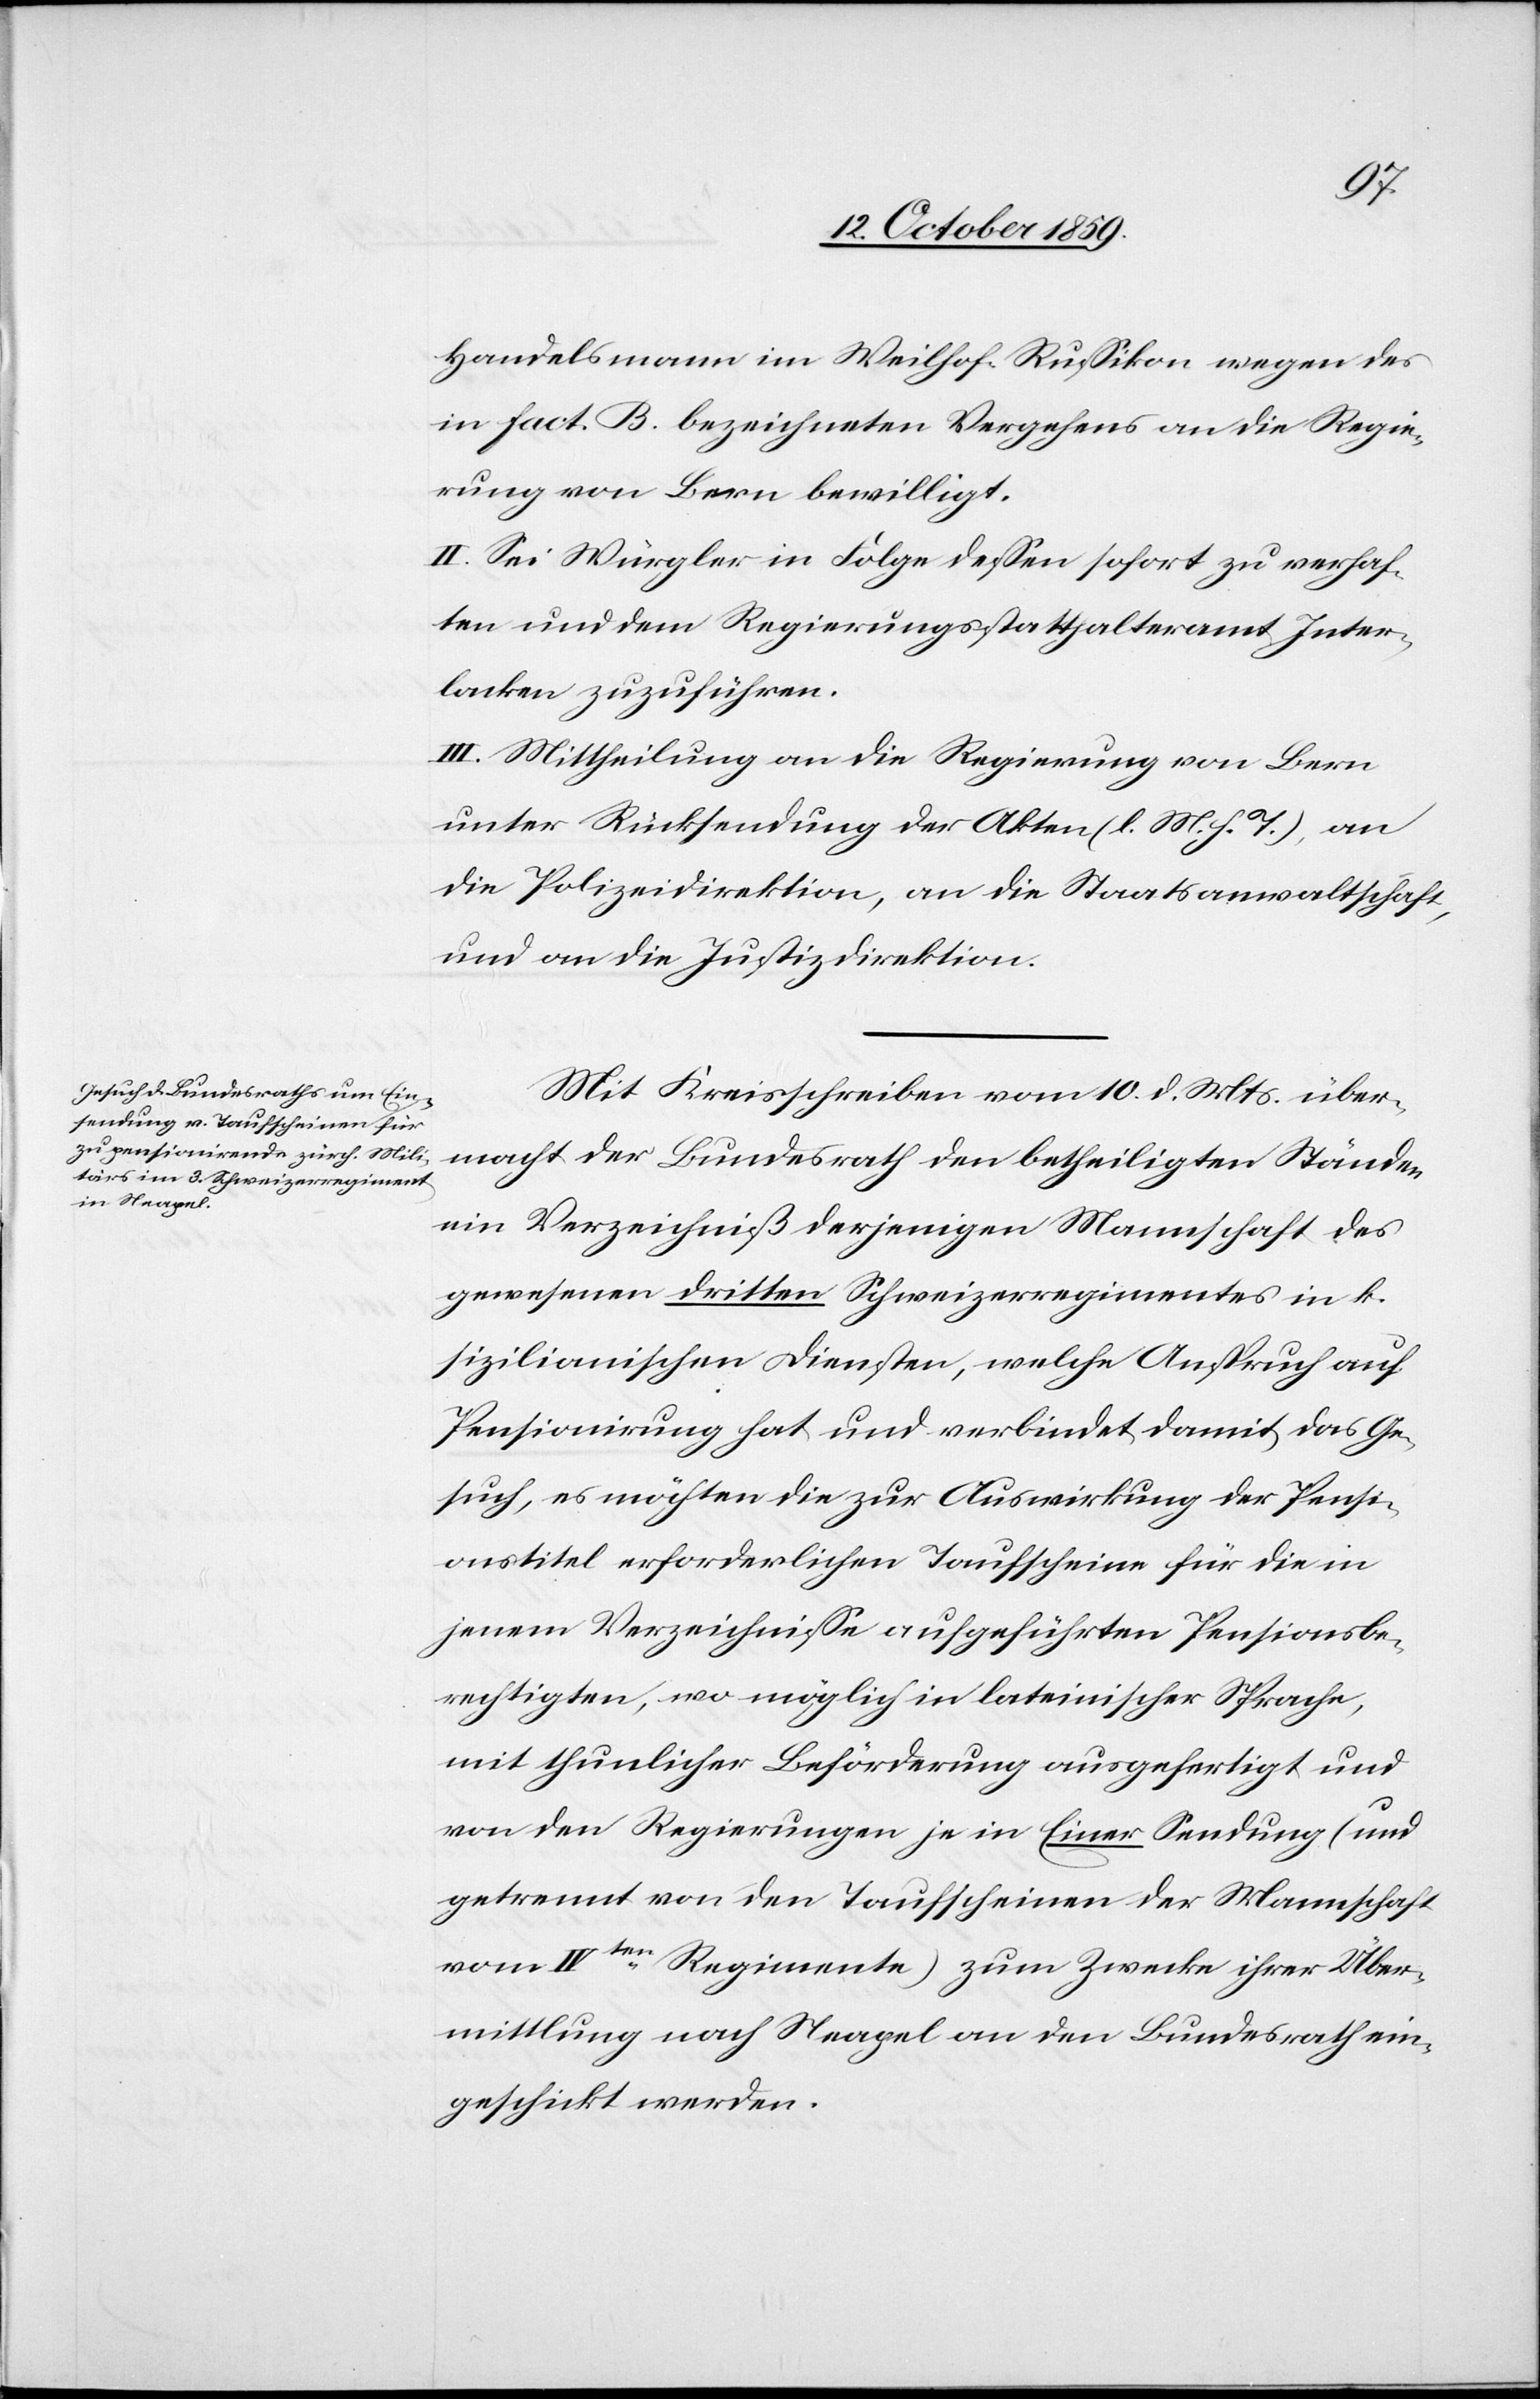
13. October 1859.]
Handelsmann im Weilhof Russikon wegen des
in fact. B. bezeichneten Vergehens an die Regie¬
rung von Bern bewilligt.
II. Sei Würgler in Folge dessen sofort zu verhaf¬
ten und dem Regierungsstatthalteramt Inter¬
laken zuzuführen.
III. Mittheilung an die Regierung von Bern
unter Rücksendung der Akten (l. M. h. T.), an
die Polizeidirektion, an die Staatsanwaltschaft
und an die Justizdirektion.
Mit Kreisschreiben vom 10. d. Mts. über¬
macht der Bundesrath den betheiligten Ständen
ein Verzeichniß derjenigen Mannschaft des
gewesenen dritten Schweizerregimentes in k.
sizilianischen Diensten, welche Anspruch auf
Pensionirung hat und verbindet damit das Ge¬
such, es möchten die zur Auswirkung der Pensi¬
onstitel erforderlichen Taufscheine für die in
jenem Verzeichnisse aufgeführten Pensionsbe¬
rechtigten, wo möglich in lateinischer Sprache,
mit thunlicher Beförderung ausgefertigt und
von den Regierungen je in Einer Sendung (und
getrennt von den Taufscheinen der Mannschaft
vom IVten Regimente) zum Zwecke ihrer Über¬
mittlung nach Neapel an den Bundesrath ein¬
geschickt werden.